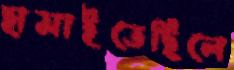
হাসাইতেছিলে